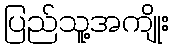
ပြည်သူ့အကျိုး